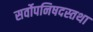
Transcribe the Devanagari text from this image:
सर्वोपनिषदस्तथा